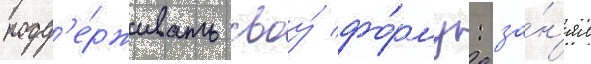
подд'е́рживать своу́ фо́рму: за́н'ял